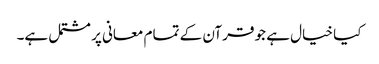
کیا خیال ہے جو قرآن کے تمام معانی پر مشتمل ہے۔